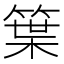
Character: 䈎